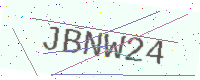
Text: JBNW24